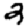
Digit: 2